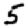
Digit: 5